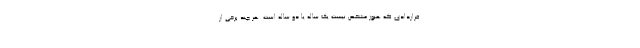
قراردادی که هنوز مشخص نیست یک ساله یا دو ساله است. هر چند برخی از